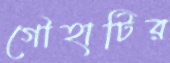
গৌহাটির